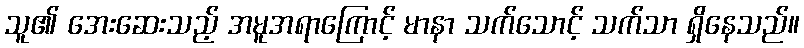
သူ၏ အေးဆေးသည့် အမူအရာကြောင့် မာနာ သက်သောင့် သက်သာ ရှိနေသည်။